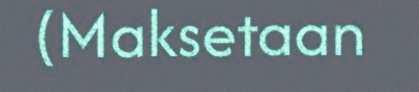
(Maksetaan